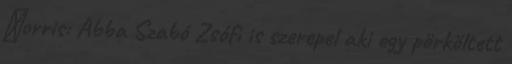
Νorris: Abba Szabó Zsófi is szerepel aki egy pörköltett